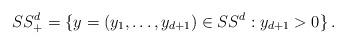
LaTeX: \begin{align*}\SS^d_+=\{y=(y_1,\ldots,y_{d+1})\in \SS^d : y_{d+1}>0\}\,.\end{align*}